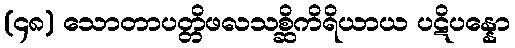
(၄၈) သောတာပတ္တိဖလသစ္ဆိကိရိယာယ ပဋိပန္နော